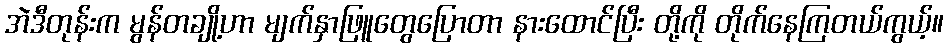
အဲဒီတုန်းက မွန်တချို့ဟာ မျက်နှာဖြူတွေပြောတာ နားထောင်ပြီး တို့ကို တိုက်နေကြတယ်ကွယ့်။